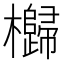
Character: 𣠗